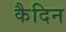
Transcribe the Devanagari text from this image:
कैदिन